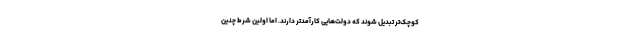
کوچک‌تر تبدیل شوند که دولت‌هایی کارآمدتر دارند. اما اولین شرط چنین